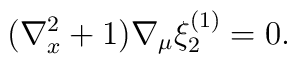
(\nabla^{2}_x + 1 ) \nabla_{\mu} \xi^{(1)}_2 = 0.